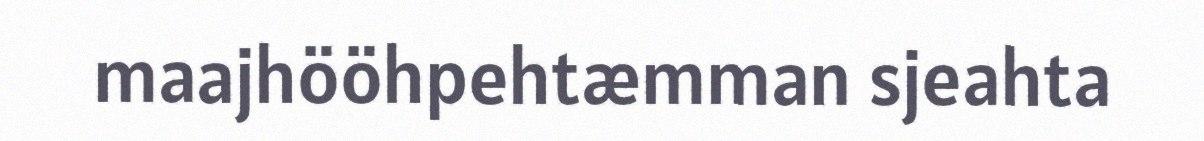
maajhööhpehtæmman sjeahta